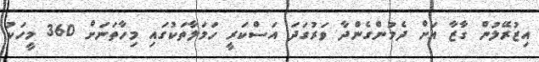
އިޒުރޭލުން ގާޒާ އަށް ދެމުންގެންދާ ވަރުގަދަ އަސްކަރީ ހަމަލާތަކުގައި މިހާތަނަށް 360 މީހަކު